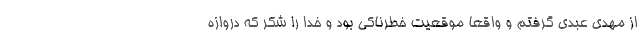
از مهدی عبدی گرفتم و واقعاً موقعیت خطرناکی بود و خدا را شکر که دروازه